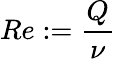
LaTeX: Re:=\frac{Q}{\nu}